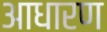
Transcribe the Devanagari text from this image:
आधारण